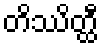
တိဿိတ္ထီ